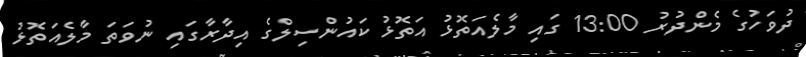
ދުވަހުގެ މެންދުރު 13:00 ގައި މާލެއަތޮޅު އަތޮޅު ކައުންސިލްގެ އިދާރާގައި ނުވަތަ މާލެއަތޮޅު